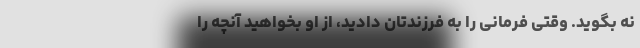
نه بگوید. وقتی فرمانی را به فرزندتان دادید، از او بخواهید آنچه را